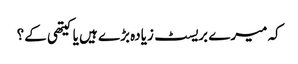
کہ میرے بریسٹ زیادہ بڑے ہیں یا کیتھی کے؟